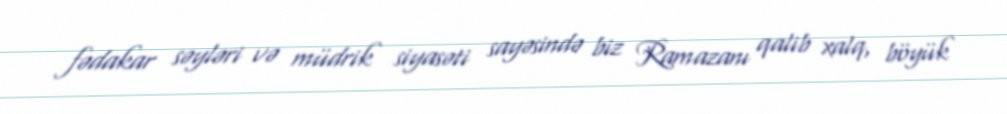
fədakar səyləri və müdrik siyasəti sayəsində biz Ramazanı qalib xalq, böyük